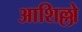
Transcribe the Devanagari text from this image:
आशिल्लो